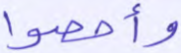
وأحصوا